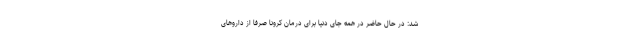
شد: در حال حاضر در همه جای دنیا برای درمان کرونا صرفاً از داروهای